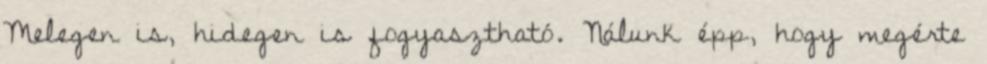
Melegen is, hidegen is fogyasztható. Nálunk épp, hogy megérte